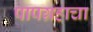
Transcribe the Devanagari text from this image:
पापग्रहाचा